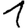
Digit: 1